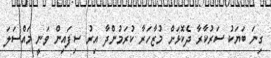
ގިނަ ބަޔަކު ސަރުކާރާ ދެކޮޅަށް މުޒާހަރާ ކުރަމުންދާ އިރު ސިފައިން ވަނީ މައްސަލަ